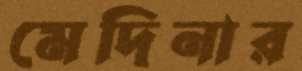
মেদিনার